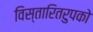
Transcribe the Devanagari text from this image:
विस्तारितरुपको